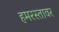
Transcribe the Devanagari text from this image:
हमरस्तावर